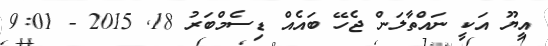
އީޔޫ އަކީ ނައްތާލަން ޖެހޭ ބައެއް ޑިސެމްބަރު 18